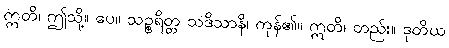
ဣတိ၊ ဤသို့။ ပေ။ သဉ္စရိတ္တ သဒိသာနိ၊ ကုန်၏။ ဣတိ၊ တည်း။ ဒုတိယ